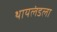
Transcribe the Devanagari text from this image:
थायलंडला